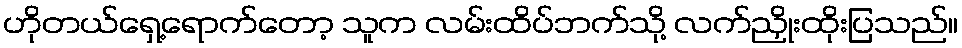
ဟိုတယ်ရှေ့ရောက်တော့ သူက လမ်းထိပ်ဘက်သို့ လက်ညှိုးထိုးပြသည်။